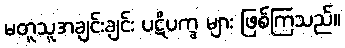
မတူသူအချင်းချင်း ပဋိပက္ခ များ ဖြစ်ကြသည်။